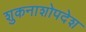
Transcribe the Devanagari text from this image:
शुकनाशोपदेश